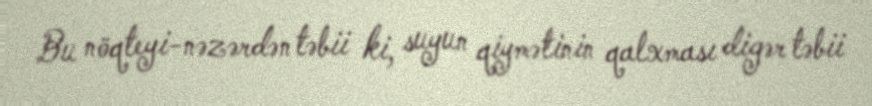
Bu nöqteyi-nəzərdən təbii ki, suyun qiymətinin qalxması digər təbii